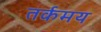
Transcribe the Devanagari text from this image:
तर्कमय